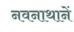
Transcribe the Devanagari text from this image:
नवनाथानें